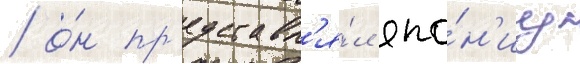
/ о́н пр'едставл'я́л япо́н'иу